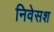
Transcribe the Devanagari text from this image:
निवेसश